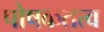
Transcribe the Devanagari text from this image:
पोषकतत्व